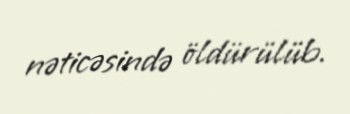
nəticəsində öldürülüb.